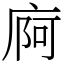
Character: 㢌